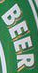
BEER